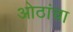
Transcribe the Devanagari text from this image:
ओठांचा